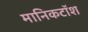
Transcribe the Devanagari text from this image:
मानिकटॉश